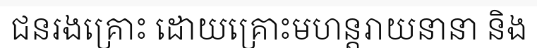
ជនរងគ្រោះ ដោយគ្រោះមហន្តរាយនានា និង